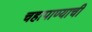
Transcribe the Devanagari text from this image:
चहापाण्याची